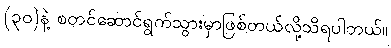
(၃၀)နဲ့ စတင်ဆောင်ရွက်သွားမှာဖြစ်တယ်လို့သိရပါတယ်။